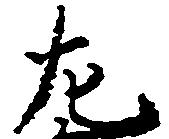
左